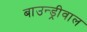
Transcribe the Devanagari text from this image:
बाउन्ड्रीवाल